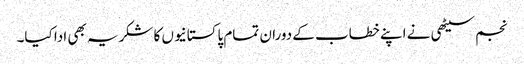
نجم سیٹھی نے اپنے خطاب کے دوران تمام پاکستانیوں کا شکریہ بھی ادا کیا۔